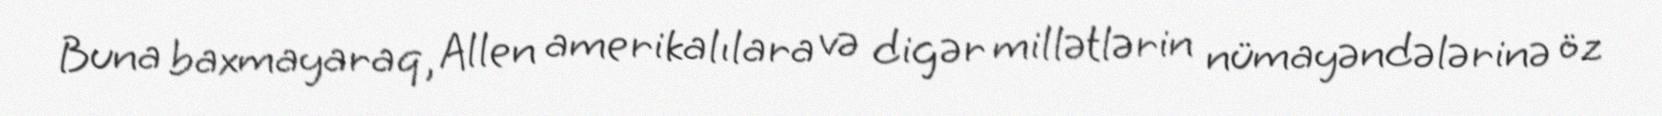
Buna baxmayaraq, Allen amerikalılara və digər millətlərin nümayəndələrinə öz